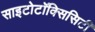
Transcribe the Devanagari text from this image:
साइटोटॉक्सिसिटी